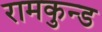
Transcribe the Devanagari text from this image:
रामकुन्ड